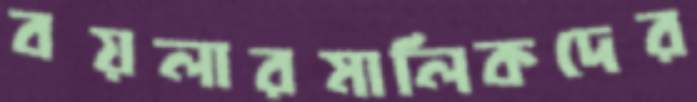
বয়লারমালিকদের